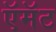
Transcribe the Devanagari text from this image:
ऍमॅट